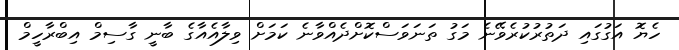
ހެޔޮ އަގުގައި ދަތުރުކުރެވޭނެ މަގު ތަނަވަސްކޮށްދެއްވާނެ ކަމަށް ވިލާއެއާގެ ބާނީ ގާސިމް އިބްރާހީމް